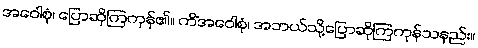
အဝေါစုံ၊ ပြောဆိုကြကုန်၏။ ကိံအဝေါစုံ၊ အဘယ်သို့ပြောဆိုကြကုန်သနည်း။